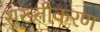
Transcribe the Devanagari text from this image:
सख्तीकरण